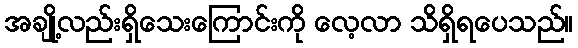
အချို့လည်းရှိသေးကြောင်းကို လေ့လာ သိရှိရပေသည်။